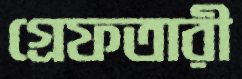
গ্রেফতারী